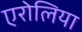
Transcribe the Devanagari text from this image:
एरोलिया